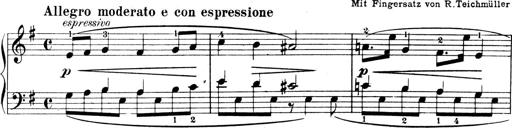
Title: 4 Sonatines
Composer: Max Reger